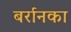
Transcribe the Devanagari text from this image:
बर्रानका